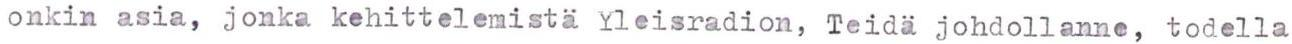
onkin asia, jonka kehittelemistä Yleisradion, Teidä johdollanne, todella